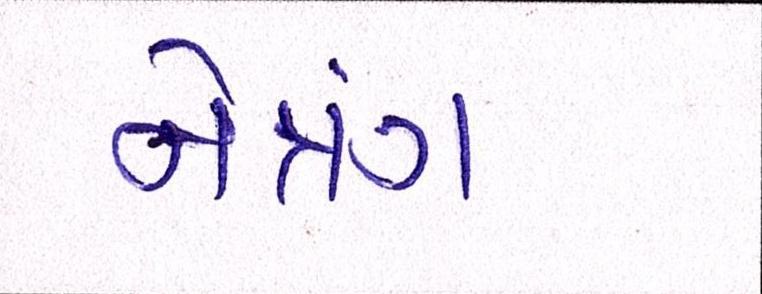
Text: નેત્રંગ